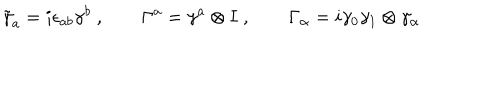
\tilde { \gamma } _ { a } = i \epsilon _ { a b } \gamma ^ { b } \ , \qquad \Gamma ^ { a } = \gamma ^ { a } \otimes I \ , \qquad \Gamma _ { \alpha } = i \gamma _ { 0 } \gamma _ { 1 } \otimes \gamma _ { \alpha } \,